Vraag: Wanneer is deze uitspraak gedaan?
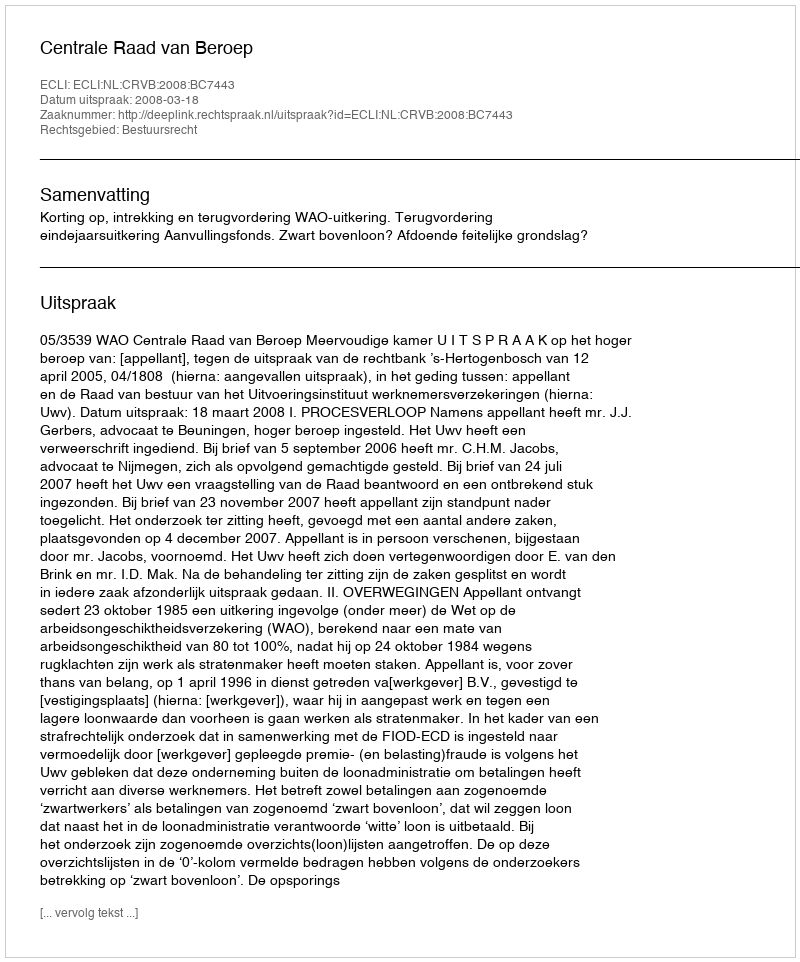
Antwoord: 2008-03-18